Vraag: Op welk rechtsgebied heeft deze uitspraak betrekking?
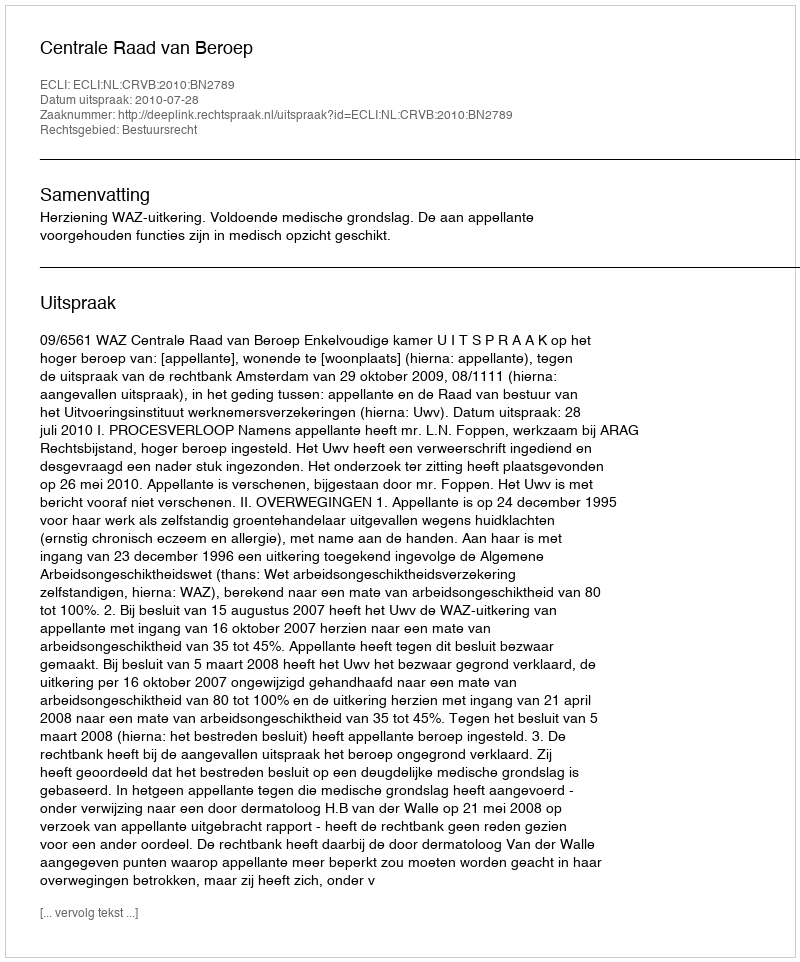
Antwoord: Bestuursrecht